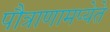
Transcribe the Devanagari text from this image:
पौत्राणामप्येते